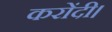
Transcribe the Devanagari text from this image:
करोंदी।